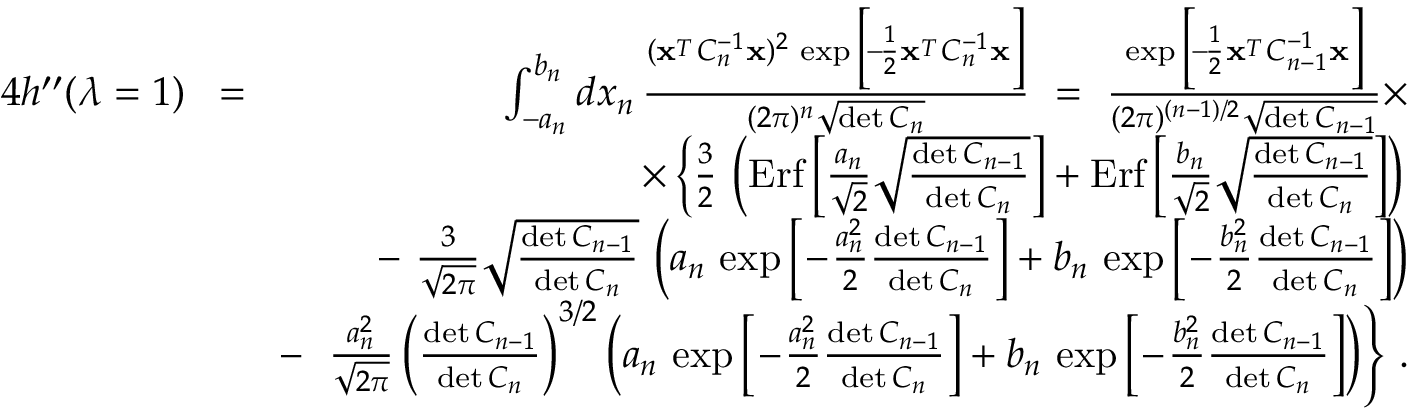
\begin{array} { r l r } { 4 h ^ { \prime \prime } ( \lambda = 1 ) } & { \! = \! } & { \int _ { - a _ { n } } ^ { b _ { n } } d x _ { n } \, { \frac { ( { \bf x } ^ { _ T } C _ { n } ^ { - 1 } { \bf x } ) ^ { 2 } \, \exp \Big [ \! - \! { \frac { 1 } { 2 } } { \bf x } ^ { _ T } C _ { n } ^ { - 1 } { \bf x } \Big ] } { ( 2 \pi ) ^ { n } \sqrt { \operatorname* { d e t } C _ { n } } } } \ = \ { \frac { \exp \Big [ \! - \! { \frac { 1 } { 2 } } { \bf x } ^ { _ T } C _ { n - 1 } ^ { - 1 } { \bf x } \Big ] } { ( 2 \pi ) ^ { ( n - 1 ) / 2 } \sqrt { \operatorname* { d e t } C _ { n - 1 } } } } \times } \\ & { } & { \times \left\{ { \frac { 3 } { 2 } } \, \left( \mathrm { E r f } \left[ { \frac { a _ { n } } { \sqrt 2 } } \sqrt { \frac { \operatorname* { d e t } C _ { n - 1 } } { \operatorname* { d e t } C _ { n } } } \right] + \mathrm { E r f } \left[ { \frac { b _ { n } } { \sqrt 2 } } \sqrt { \frac { \operatorname* { d e t } C _ { n - 1 } } { \operatorname* { d e t } C _ { n } } } \right] \right) \right. } \\ & { } & { - \ { \frac { 3 } { \sqrt { 2 \pi } } } \sqrt { \frac { \operatorname* { d e t } C _ { n - 1 } } { \operatorname* { d e t } C _ { n } } } \, \left( a _ { n } \, \exp \Big [ \! - \! { \frac { a _ { n } ^ { 2 } } { 2 } } { \frac { \operatorname* { d e t } C _ { n - 1 } } { \operatorname* { d e t } C _ { n } } } \Big ] + b _ { n } \, \exp \Big [ \! - \! { \frac { b _ { n } ^ { 2 } } { 2 } } { \frac { \operatorname* { d e t } C _ { n - 1 } } { \operatorname* { d e t } C _ { n } } } \Big ] \right) } \\ & { } & { - \ \left. { \frac { a _ { n } ^ { 2 } } { \sqrt { 2 \pi } } } \left( { \frac { \operatorname* { d e t } C _ { n - 1 } } { \operatorname* { d e t } C _ { n } } } \right) ^ { 3 / 2 } \left( a _ { n } \, \exp \Big [ \! - \! { \frac { a _ { n } ^ { 2 } } { 2 } } { \frac { \operatorname* { d e t } C _ { n - 1 } } { \operatorname* { d e t } C _ { n } } } \Big ] + b _ { n } \, \exp \Big [ \! - \! { \frac { b _ { n } ^ { 2 } } { 2 } } { \frac { \operatorname* { d e t } C _ { n - 1 } } { \operatorname* { d e t } C _ { n } } } \Big ] \right) \right\} \, . } \end{array}